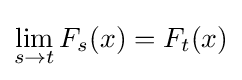
\lim _{s\to t}F_{s}(x)=F_{t}(x)